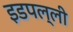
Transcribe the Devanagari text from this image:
इडपल्ली